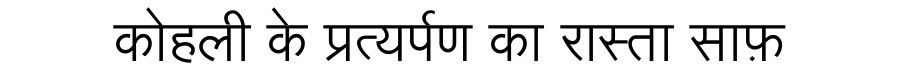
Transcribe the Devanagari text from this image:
कोहली के प्रत्यर्पण का रास्ता साफ़